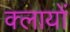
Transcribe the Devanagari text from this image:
क्लायों